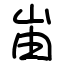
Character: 峀